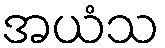
အယံသ